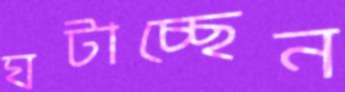
ঘটাচ্ছেন